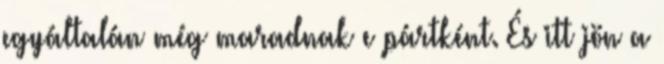
egyáltalán még maradnak e pártként. És itt jön a